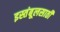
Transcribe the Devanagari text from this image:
इस्तंबूलसाठी